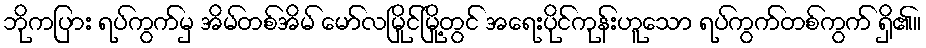
ဘိုကပြား ရပ်ကွက်မှ အိမ်တစ်အိမ် မော်လမြိုင်မြို့တွင် အရေးပိုင်ကုန်းဟူသော ရပ်ကွက်တစ်ကွက် ရှိ၏။